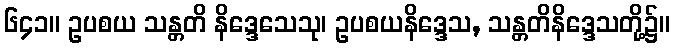
၆၄၁။ ဥပစယ သန္တတိ နိဒ္ဒေသေသု၊ ဥပစယနိဒ္ဒေသ, သန္တတိနိဒ္ဒေသတို့၌။